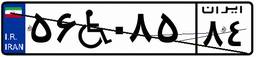
۵۶W۰۸۵۸۴